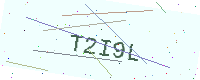
Text: T2I9L